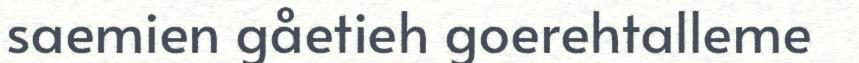
saemien gåetieh goerehtalleme